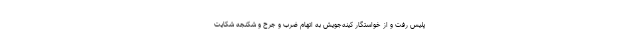
پلیس رفت و از خواستگار کینه‌جویش به اتهام ضرب و جرح و شکنجه شکایت